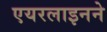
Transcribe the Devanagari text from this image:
एयरलाइनने